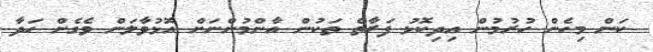
ކަން މިހެން ހުރުމުން އިދިކޮޅު ފަރާތް ތަކުން އާންމުންނަށް އޮޅުވާލަން ވެގެން ހަދާ